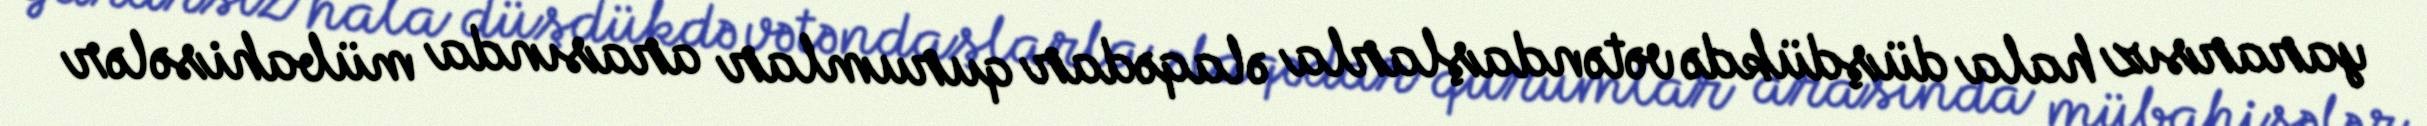
yararsız hala düşdükdə vətəndaşlarla əlaqədar qurumlar arasında mübahisələr